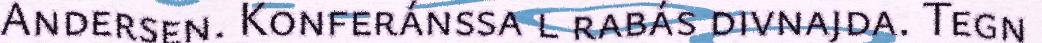
Andersen. Konferánssa l rabás divnajda. Tegn